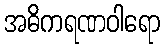
အဓိကရဏဝါရော